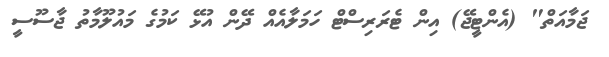
ޖަމާއަތް" (އެންޓީޖޭ) އިން ޓެރަރިސްޓް ހަމަލާއެއް ދޭން އުޅޭ ކަމުގެ މައުލޫމާތު ޖާސޫސީ